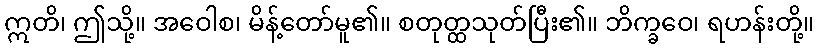
ဣတိ၊ ဤသို့။ အဝေါစ၊ မိန့်တော်မူ၏။ စတုတ္ထသုတ်ပြီး၏။ ဘိက္ခဝေ၊ ရဟန်းတို့။